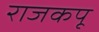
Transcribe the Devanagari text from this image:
राजकपू